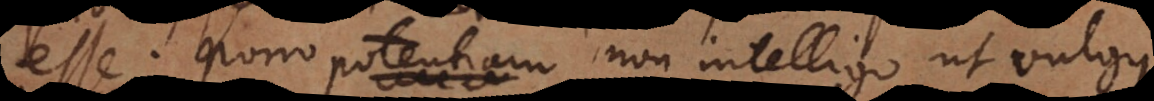
esse. Porro potentiam non intelligo ut vulgus